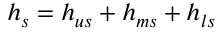
h _ { s } = h _ { u s } + h _ { m s } + h _ { l s }